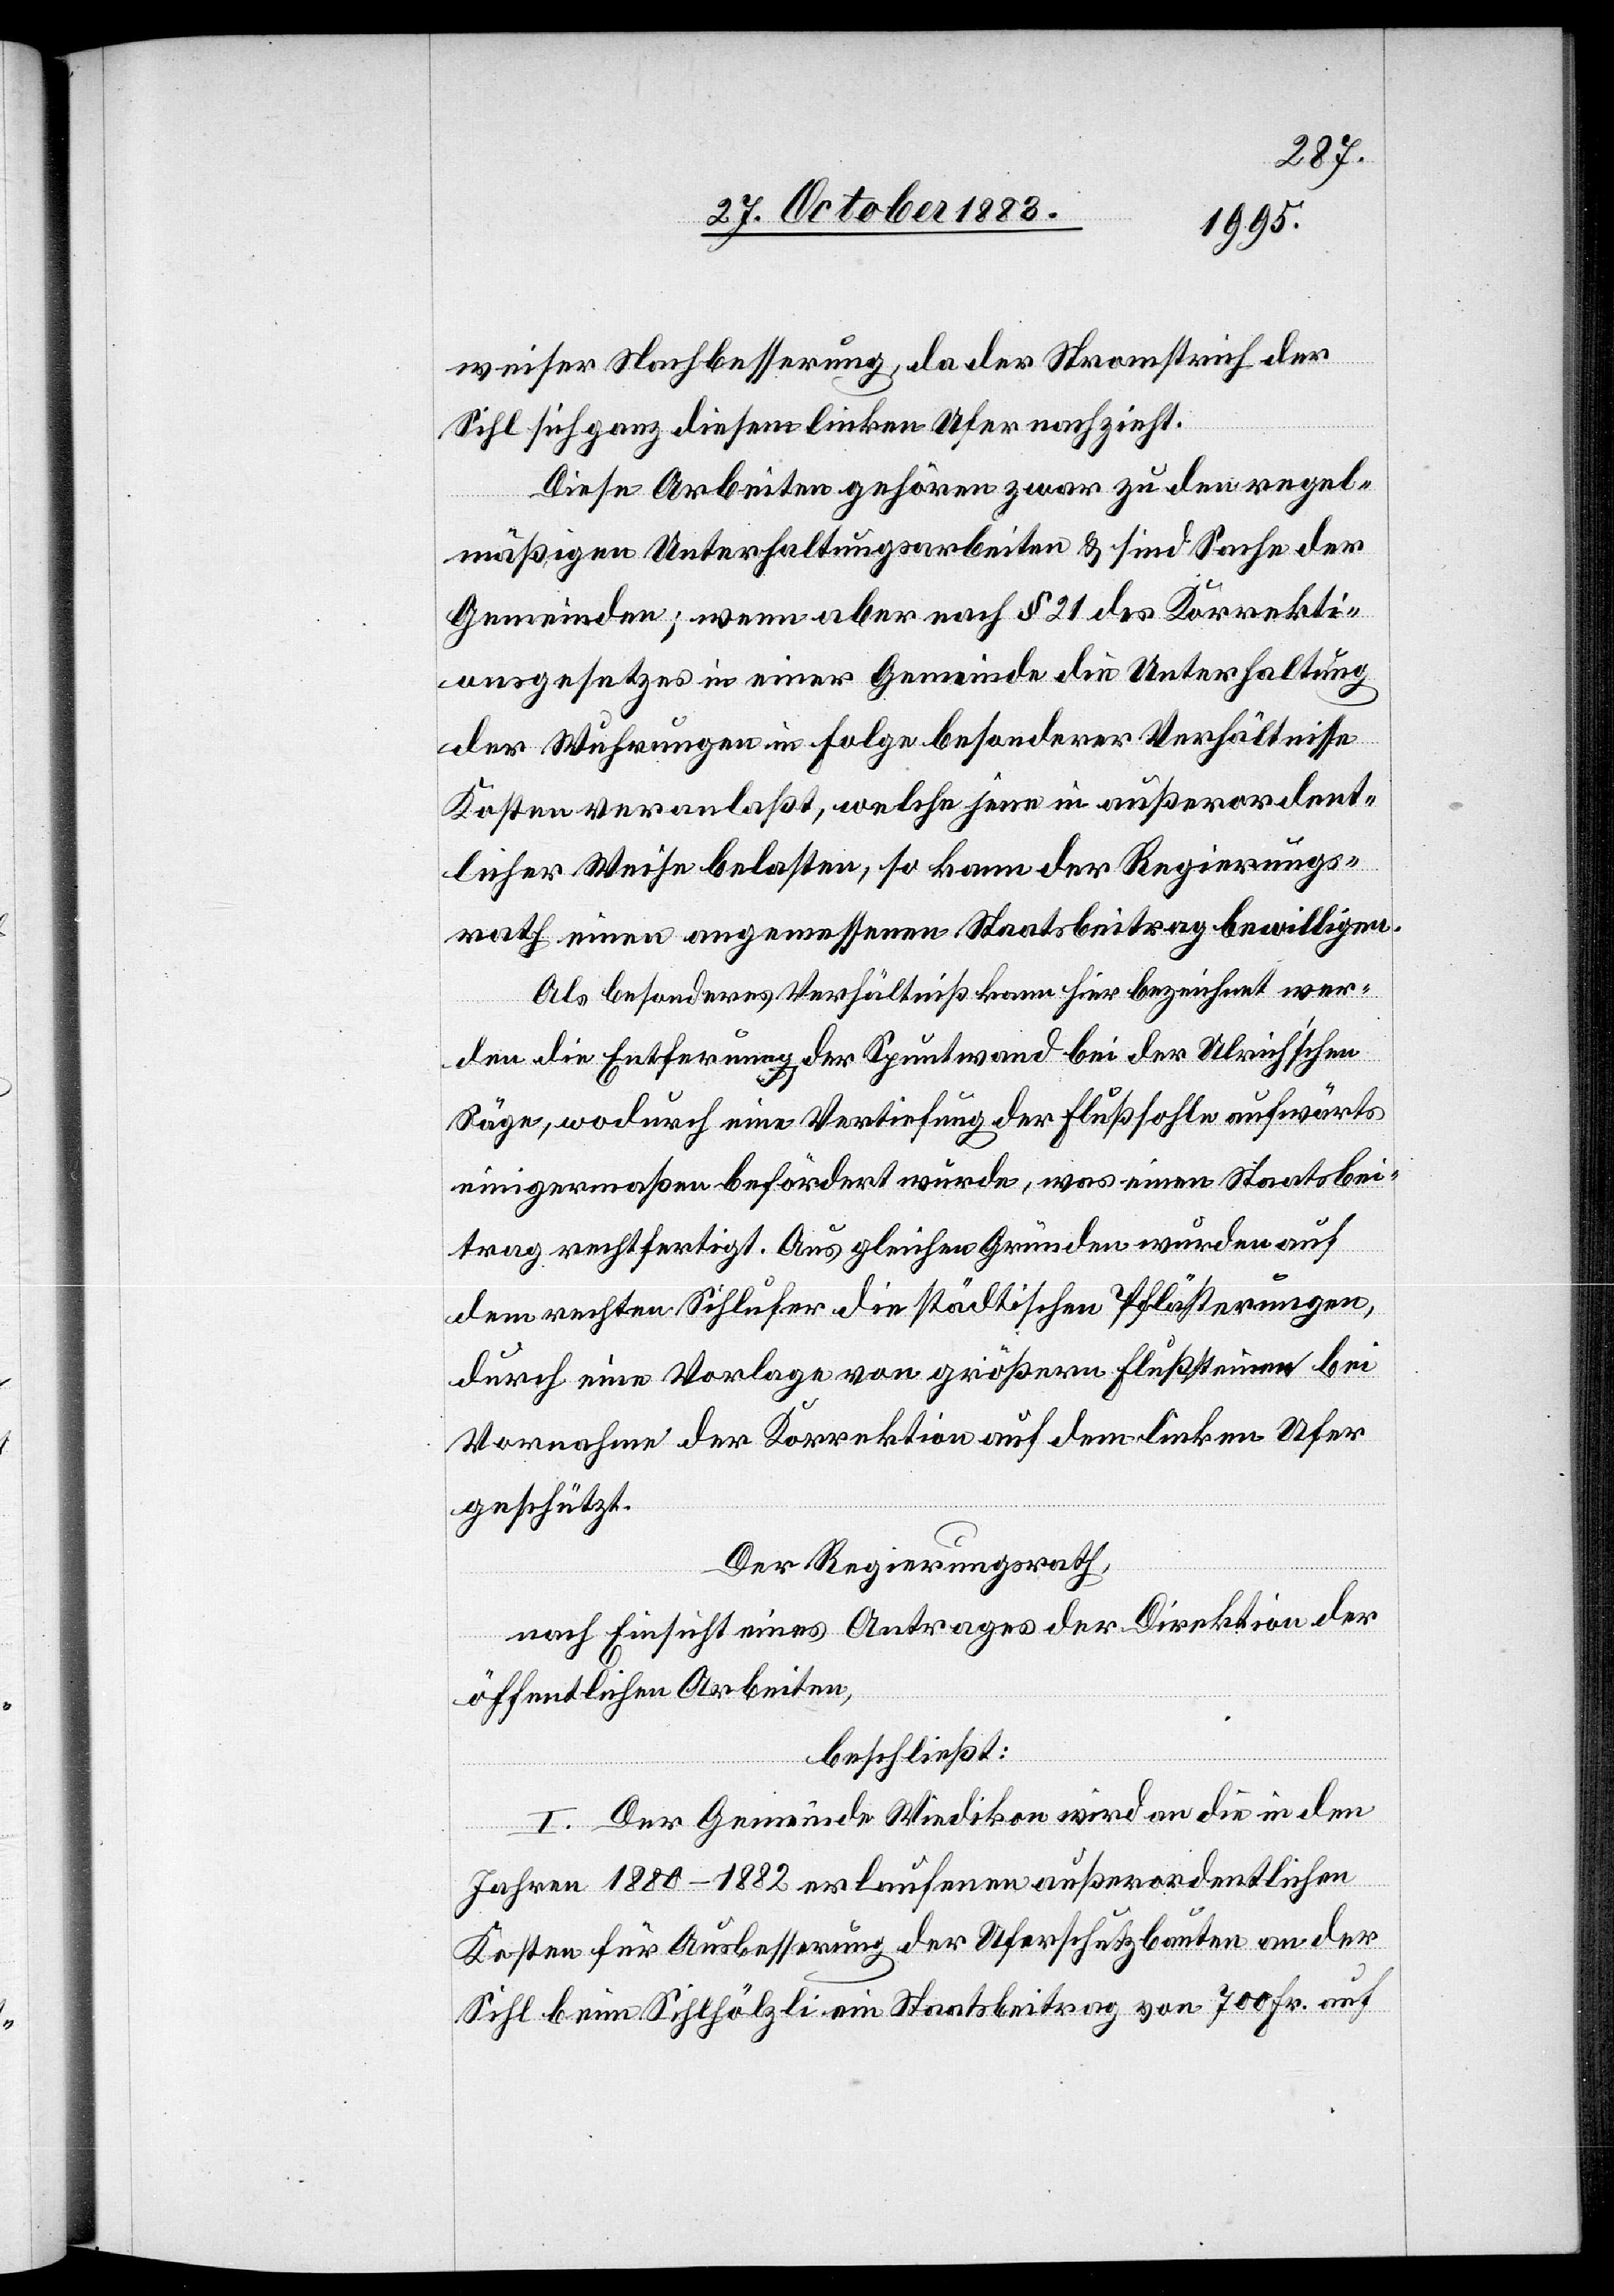
weiser Nachbesserung, da der Stromstrich der
Sihl sich ganz diesem linken Ufer nachzieht.
Diese Arbeiten gehören zwar zu den regel¬
mäßigen Unterhaltungsarbeiten & sind Sache der
Gemeinden; wenn aber nach § 21 des Korrekti¬
onsgesetzes in einer Gemeinde die Unterhaltung
der Wuhrungen in Folge besonderer Verhältnisse
Kosten veranlaßt, welche jene in außerordent¬
licher Weise belasten, so kann der Regierungs¬
rath einen angemessenen Staatsbeitrag bewilligen.
Als besonderes Verhältniß kann hier bezeichnet wer¬
den die Entfernung der Spuntwand bei der Ulrich’schen
Säge, wodurch eine Vertiefung der Flußsohle aufwärts
einigermaßen befördert wurde, was einen Staatsbei¬
trag rechtfertigt. Aus gleichen Gründen wurden auf
dem rechten Sihlufer die städtischen Pflästerungen,
durch eine Vorlage von größern Flußsteinen bei
Vornahme der Korrektion auf dem linken Ufer
geschützt.
Der Regierungsrath,
nach Einsicht eines Antrages der Direktion der
öffentlichen Arbeiten,
beschließt:
I. Der Gemeinde Wiedikon wird an die in den
Jahren 1880–1882 erlaufenen außerordentlichen
Kosten für Ausbesserung der Uferschutzbauten an der
Sihl beim Sihlhölzli ein Staatsbeitrag von 700 Fr. auf